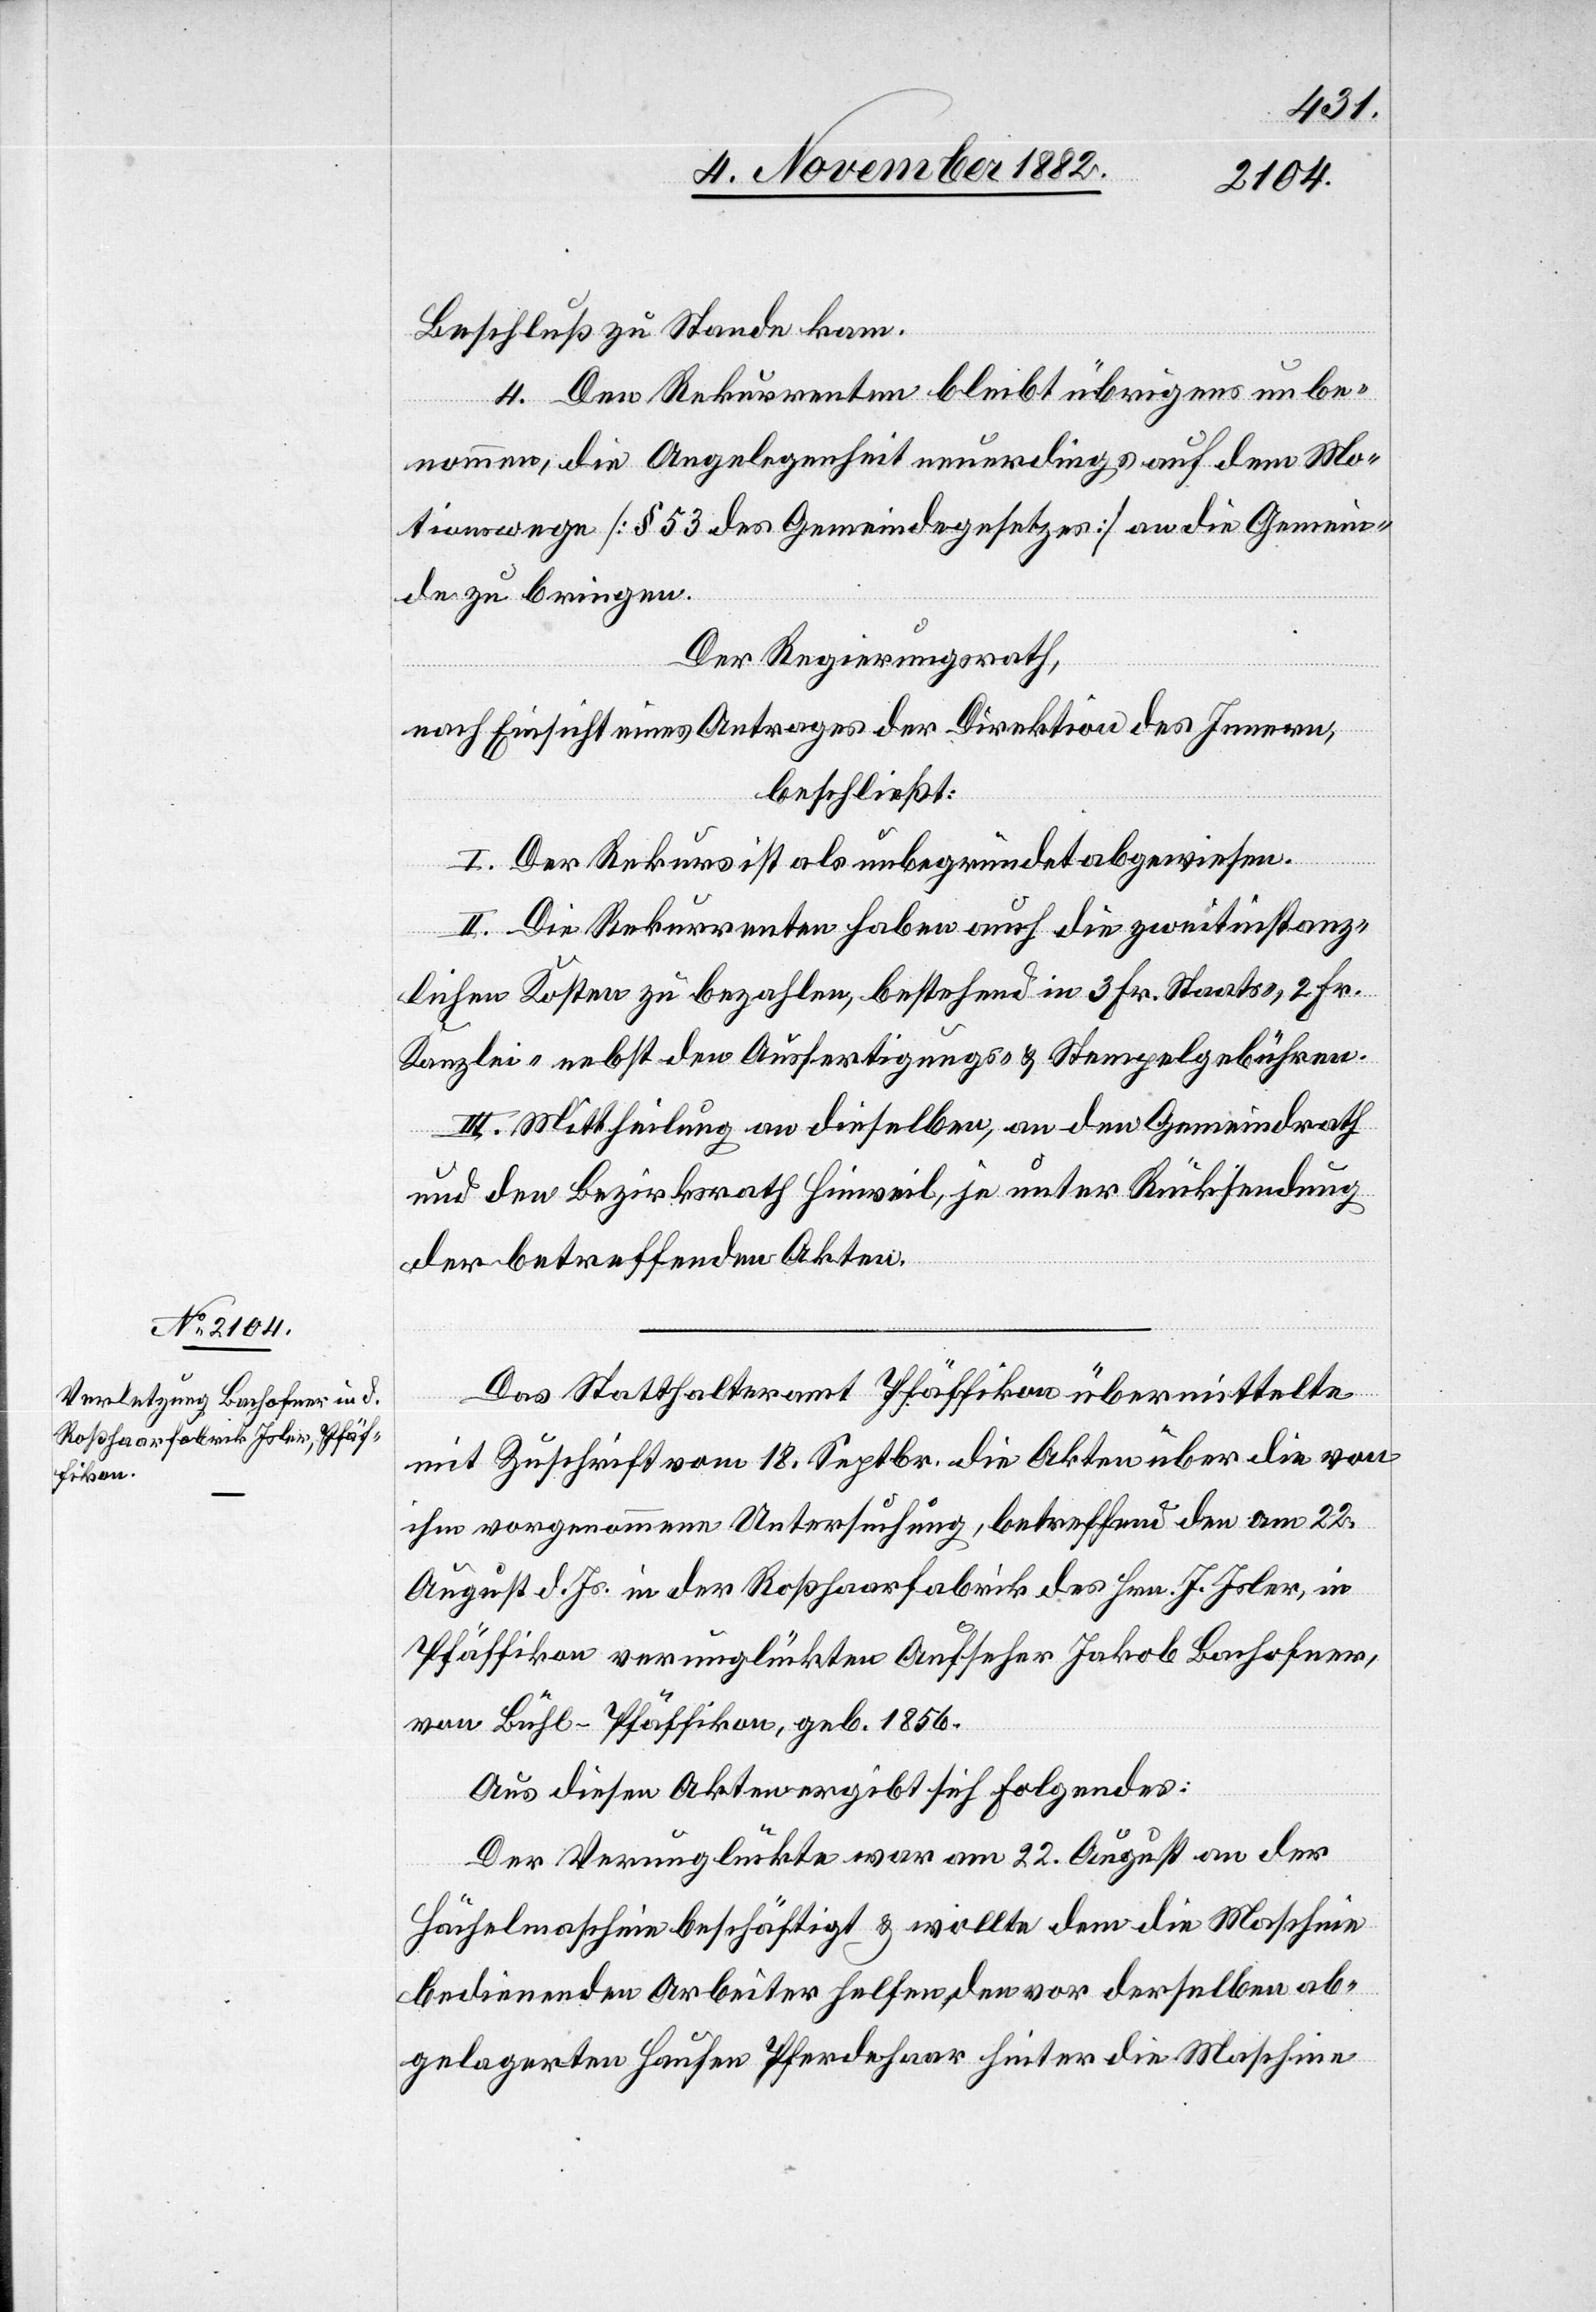
Beschluß zu Stande kam.
4. Den Rekurrenten bleibt übrigens unbe¬
nommen, die Angelegenheit neuerdings auf dem Mo¬
tionswege [§ 53 des Gemeindegesetzes] an die Gemein¬
de zu bringen.
Der Regierungsrath,
nach Einsicht eines Antrages der Direktion des Innern,
beschließt:
I. Der Rekurs ist als unbegründet abgewiesen.
II. Die Rekurrenten haben auch die zweitinstanz¬
lichen Kosten zu bezahlen, bestehend in 3 Fr. Staats-, 2 Fr.
Kanzlei- nebst den Ausfertigungs- & Stempelgebühren.
III. Mittheilung an dieselben, an den Gemeindrath
und den Bezirksrath Hinweil, je unter Rücksendung
der betreffenden Akten.
Das Statthalteramt Pfäffikon übermittelte
mit Zuschrift vom 18. Septbr. die Akten über die von
ihm vorgenommene Untersuchung, betreffend den am 22.
August d. Js. in der Roßhaarfabrik des Hrn. Isler, in
Pfäffikon verunglückten Aufseher Jakob Bachofner,
von Bühl - Pfäffikon, geb. 1856.
Aus diesen Akten ergibt sich Folgendes:
Der Verunglückte war am 22. August an der
Hächelmaschine beschäftigt & wollte dem die Maschine
bedienenden Arbeiter helfen, den vor derselben ab¬
gelagerten Haufen Pferdehaar hinter die Maschine